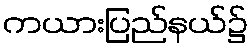
ကယားပြည်နယ်၌